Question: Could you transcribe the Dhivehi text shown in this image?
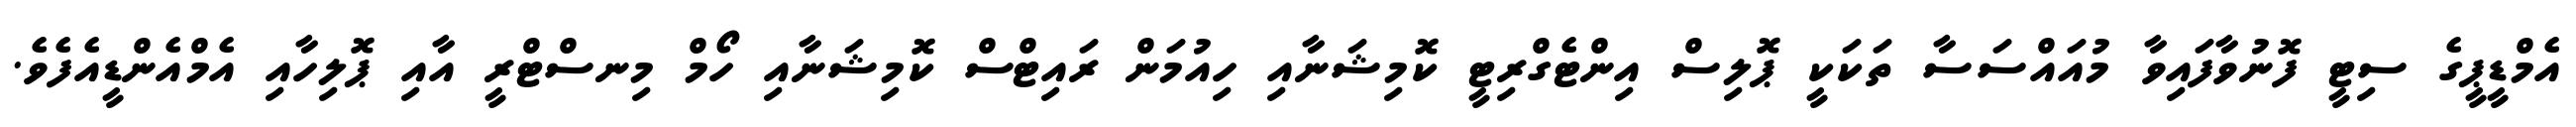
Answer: އެމްޑީޕީގެ ސިޓީ ފޮނުވާފައިވާ މުއައްސަސާ ތަކަކީ ޕޮލިސް އިންޓެގްރިޓީ ކޮމިޝަނާއި ހިއުމަން ރައިޓްސް ކޮމިޝަނާއި ހޯމް މިނސްޓްރީ އާއި ޕޮލިހާއި އެމްއެންޑީއެފެވެ.